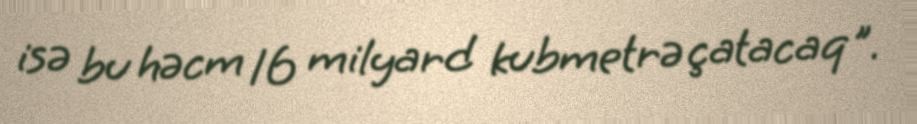
isə bu həcm 16 milyard kubmetrə çatacaq".